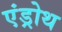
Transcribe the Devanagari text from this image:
एंड्रोथ